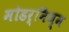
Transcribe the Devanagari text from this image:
मोडर्निज्म